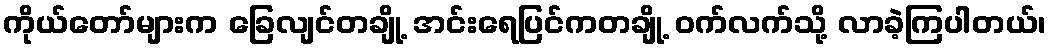
ကိုယ်တော်များက ခြေလျင်တချို့ အင်းရေပြင်ကတချို့ ဝက်လက်သို့ လာခဲ့ကြပါတယ်၊